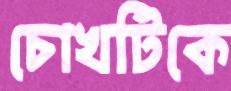
চোখটিকে